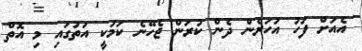
އެއަށް ފަހު އަހަރެން ދެން ކުރަން ޖެހޭނެ ކަމަކީ އަތުގައި މި އޮތް